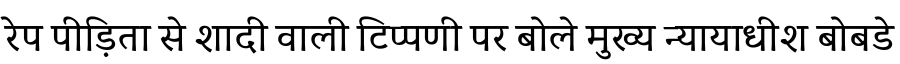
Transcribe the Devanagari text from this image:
रेप पीड़िता से शादी वाली टिप्पणी पर बोले मुख्य न्यायाधीश बोबडे